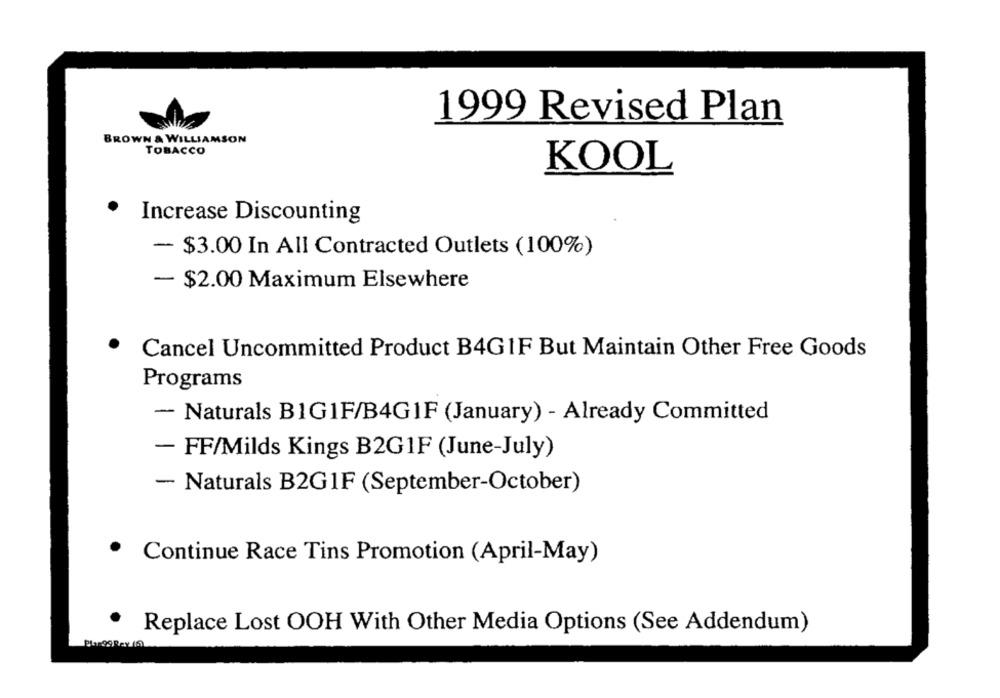
1999 Revised Plan
BROWN & WILLIAMSON
TOBACCO
KOOL
Increase Discounting
- $3.00 In All Contracted Outlets (100%)
- $2.00 Maximum Elsewhere
.
Cancel Uncommitted Product B4GIF But Maintain Other Free Goods
Programs
- Naturals BIG1F/B4G1F (January) - Already Committed
- FF/Milds Kings B2G1F (June-July)
- Naturals B2G1F (September-October)
. Continue Race Tins Promotion (April-May)
.
Replace Lost OOH With Other Media Options (See Addendum)